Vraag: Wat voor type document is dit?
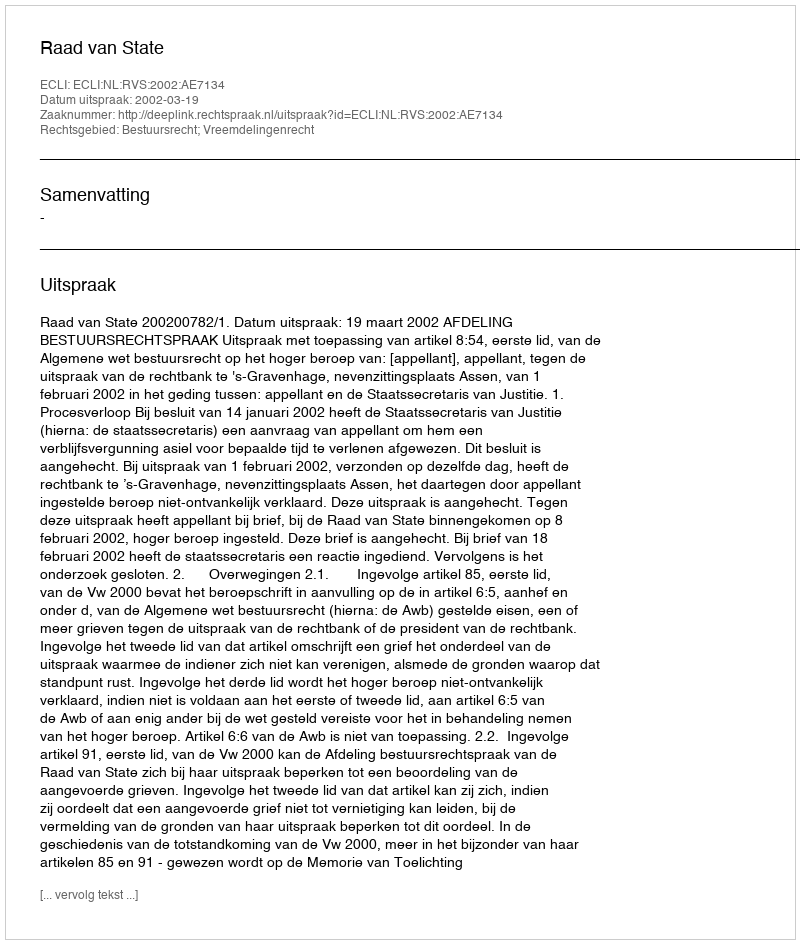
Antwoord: Uitspraak